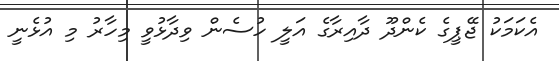
އެކަމަކު ޖޭޕީގެ ކެންދޫ ދާއިރާގެ އަލީ ހުސެން ވިދާޅުވީ މިހާރު މި އުޅެނީ